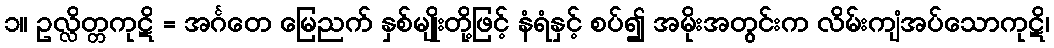
၁။ ဥလ္လိတ္တကုဋိ = အင်္ဂတေ မြေညက် နှစ်မျိုးတို့ဖြင့် နံရံနှင့် စပ်၍ အမိုးအတွင်းက လိမ်းကျံအပ်သောကုဋိ၊